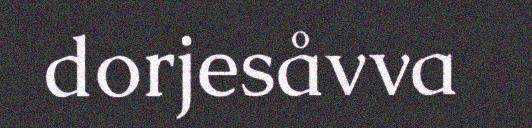
dorjesåvva